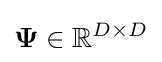
{\boldsymbol {\Psi }}\in \mathbb {R} ^{D\times D}